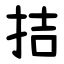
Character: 拮